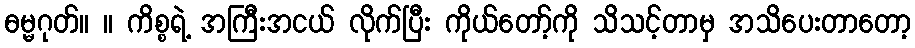
ဓမ္မဂုတ်။ ။ ကိစ္စရဲ့ အကြီးအငယ် လိုက်ပြီး ကိုယ်တော့်ကို သိသင့်တာမှ အသိပေးတာတော့